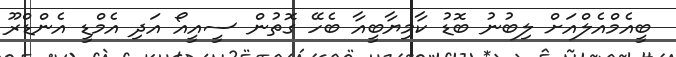
ބީއެމްއެލްއަށް ލިބުނު ބޮޑު ކާމިޔާބީއާ ބެހޭ ގޮތުން ސީއީއޯ އަދި އެމްޑީ އެންޑްރޫ